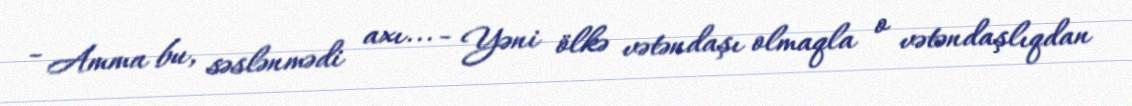
- Amma bu, səslənmədi axı... - Yəni ölkə vətəndaşı olmaqla o vətəndaşlıqdan